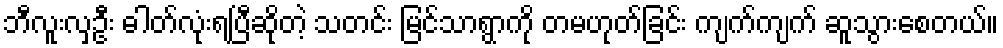
ဘီလူးလှဦး ဓါတ်လုံးရပြီဆိုတဲ့ သတင်း မြင်သာရွာကို တမဟုတ်ခြင်း ကျက်ကျက် ဆူသွားစေတယ်။